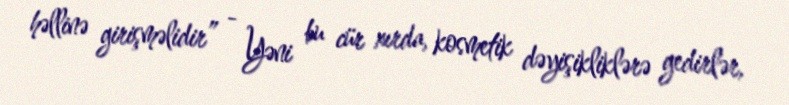
həllinə girişməlidir” - Yəni bu cür xırda, kosmetik dəyişikliklərə gedirlər,